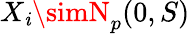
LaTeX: X_{\mathit{i}}\simN_{p}(0,S)